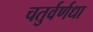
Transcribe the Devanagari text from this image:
चतुर्वर्णधा